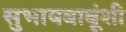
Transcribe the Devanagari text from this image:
सुभाषबाबूंशी